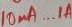
Text: 10uA...1A